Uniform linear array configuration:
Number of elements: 24
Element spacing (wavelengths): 1
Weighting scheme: hamming
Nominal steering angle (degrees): -30
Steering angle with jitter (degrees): -28.823
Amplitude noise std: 0.05
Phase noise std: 0.05

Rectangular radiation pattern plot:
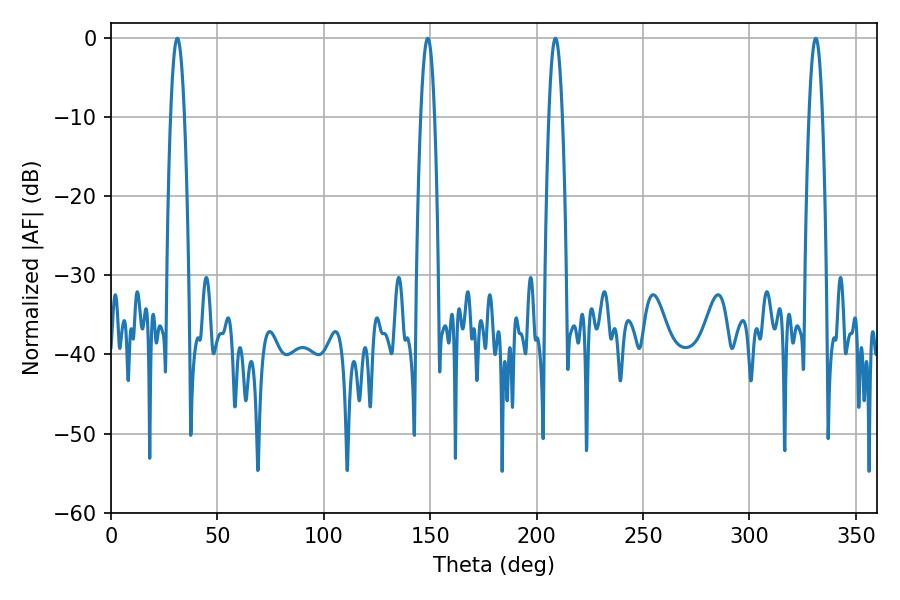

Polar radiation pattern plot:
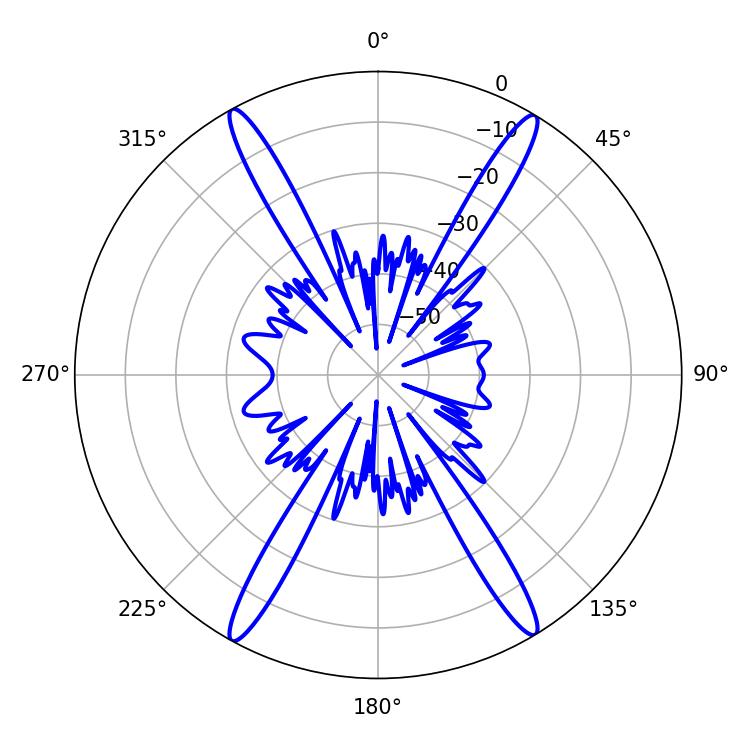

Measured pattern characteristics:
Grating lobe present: TRUE
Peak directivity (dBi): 25.114
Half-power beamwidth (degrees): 3.6
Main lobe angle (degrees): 31.14